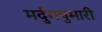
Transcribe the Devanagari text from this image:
मर्दुमषुमारी